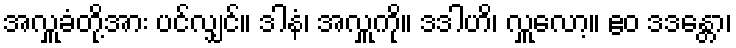
အလှူခံတို့အား ပင်လျှင်။ ဒါနံ၊ အလှူကို။ ဒဒါဟိ၊ လှူလော့။ ဧဝ ဒဒန္တော၊